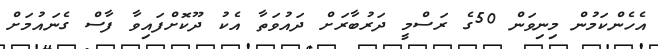
އެހެންކަމުން މިނިވަން 50ގެ ރަސްމީ ދަރުބާރަށް ދައުވަތާ އެކު ދޫކޮށްފައިވާ ފާސް ގެނައުމަށް